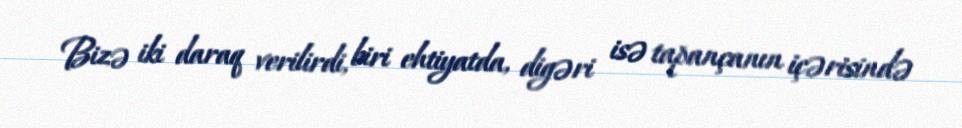
Bizə iki daraq verilirdi, biri ehtiyatda, digəri isə tapançanın içərisində